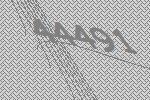
44491